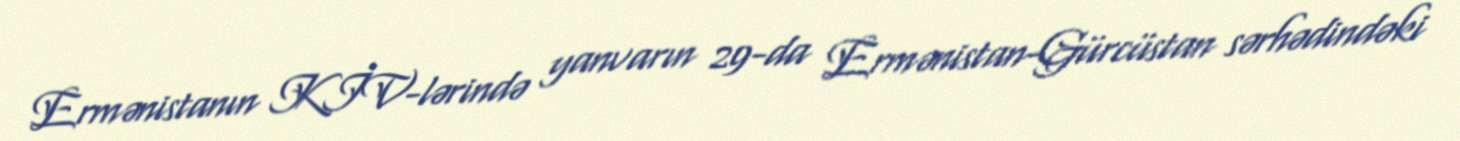
Ermənistanın KİV-lərində yanvarın 29-da Ermənistan-Gürcüstan sərhədindəki